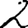
Digit: 2